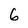
Character: 6